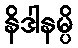
နိဒါနမ္ပိ